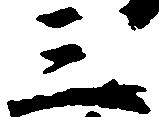
三